Vaccination Hyderabad 1872-1889 - 1872-1889
Year: 1872
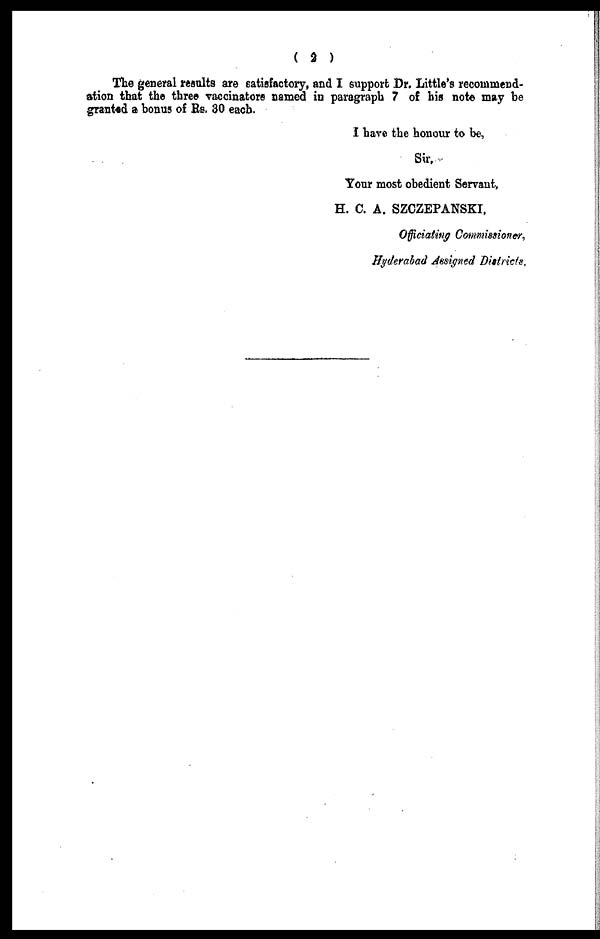
( 2 )
The general results are satisfactory, and I support Dr. Little's recommend-
ation that the three vaccinators named in paragraph 7 of his note may be
granted a bonus of Rs. 30 each.
I have the honour to be,
Sir,
Your most obedient Servant,
H. C. A. SZCZEPANSKI,
Officiating Commissioner,
Hyderabad Assigned Districts.